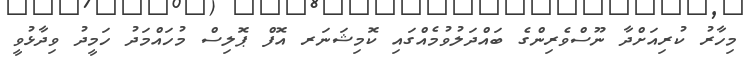
މިހާރު ކުރިއަށްދާ ނޫސްވެރިންގެ ބައްދަލުވުމެއްގައި ކޮމިޝަނަރ އޮފް ޕޮލިސް މުހައްމަދު ހަމީދު ވިދާޅުވީ